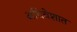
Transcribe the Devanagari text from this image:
अधिवेशात